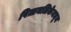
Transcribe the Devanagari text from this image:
पित्तनलिकेमधून